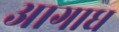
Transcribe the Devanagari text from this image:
आगाध